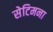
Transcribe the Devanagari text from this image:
सेटिमना